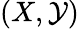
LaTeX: (X,\mathcal{Y})